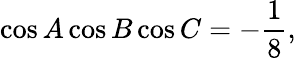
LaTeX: \cos A\cos B\cos C=-{\frac{1}{8}},